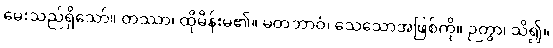
မေးသည်ရှိသော်။ တဿာ၊ ထိုမိန်းမ၏။ မတဘာဝံ၊ သေသောအဖြစ်ကို။ ဉတွာ၊ သိ၍။